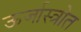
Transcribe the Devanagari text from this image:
ऊर्जास्त्रोत